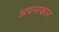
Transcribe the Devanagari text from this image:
अपनाकार